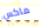
ماكس